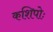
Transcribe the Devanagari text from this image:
कशिपोः